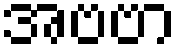
အဗဗာ